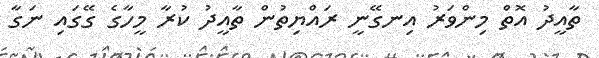
ތާއީދު އޮތް މިންވަރު އިނގޭނީ ރައްޔިތުން ތާއީދު ކުރާ މީހާގެ ގޭގައި ނަގާ